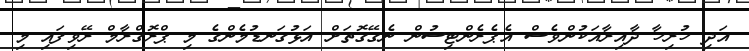
އަދި ހުރިހާ ދާއިރާއަކުންވެސް އެޕެރެންޓިސުން ނެގޭގޮތަށް އަޅުގަނޑުމެންގެ މި ޕްރޮގްރާމް ރޭވިފައި މި